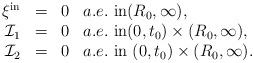
LaTeX: \begin{align*}\begin{array}{rcll}\xi^{\mathrm{in}}&=&0& a.e.~\mbox{in}(R_{0},\infty),\\\mathcal{I}_{1}&=&0 & a.e.~\mbox{in}(0, t_{0})\times(R_{0}, \infty), \\\mathcal{I}_{2}&=&0 & a.e.~\mbox{in}~(0, t_{0})\times(R_{0}, \infty).\end{array}\end{align*}